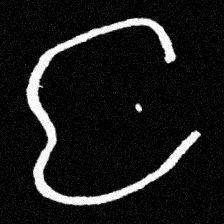
Pyu character \u2014 Myanmar letter: င (romanized: nga)